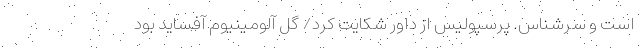
است و سرشناس. پرسپولیس از داور شکایت کرد/ گل آلومینیوم آفساید بود